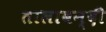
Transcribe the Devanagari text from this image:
तालाबन्दी